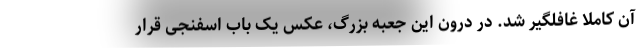
آن کاملا غافلگیر شد. در درون این جعبه بزرگ، عکس یک باب اسفنجی قرار